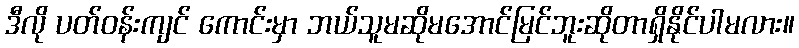
ဒီလို ပတ်ဝန်းကျင် ကောင်းမှာ ဘယ်သူမဆိုမအောင်မြင်ဘူးဆိုတာရှိနိုင်ပါမလား။